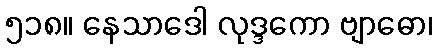
၅၁၈။ နေသာဒေါ လုဒ္ဒကော ဗျာဓော၊